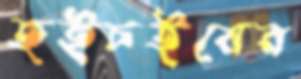
হইচইয়ের